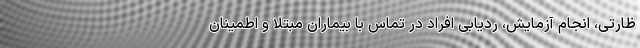
ظارتی، انجام آزمایش، ردیابی افراد در تماس با بیماران مبتلا و اطمینان